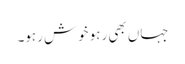
جہاں بھی رہو خوش رہو۔